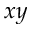
x y